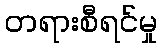
တရားစီရင်မှု